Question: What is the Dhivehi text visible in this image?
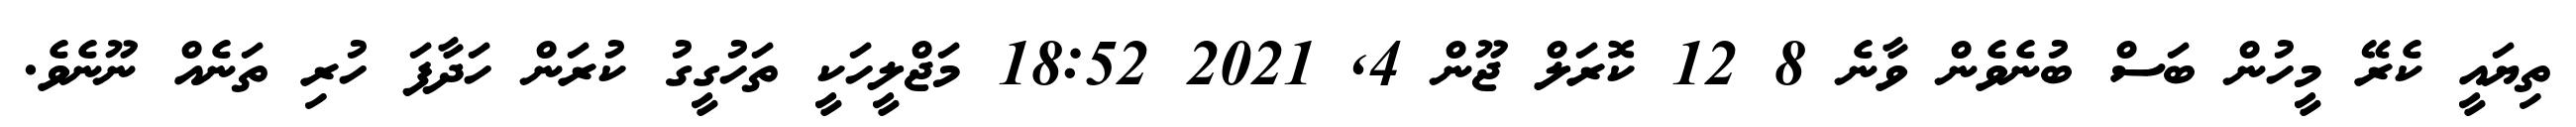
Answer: ތިޔައީ ކެރޭ މީހުން ބަސް ބުނެވެން ވާނެ 8 12 ކޮރަލް ޖޫން 4, 2021 18:52 މަޖްލީހަކީ ތަހުގީގު ކުރަން ހަދާފަ ހުރި ތަނެއް ނޫނެވެ.